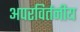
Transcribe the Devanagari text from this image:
अपरविर्तनीय